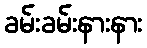
ခမ်းခမ်းနားနား